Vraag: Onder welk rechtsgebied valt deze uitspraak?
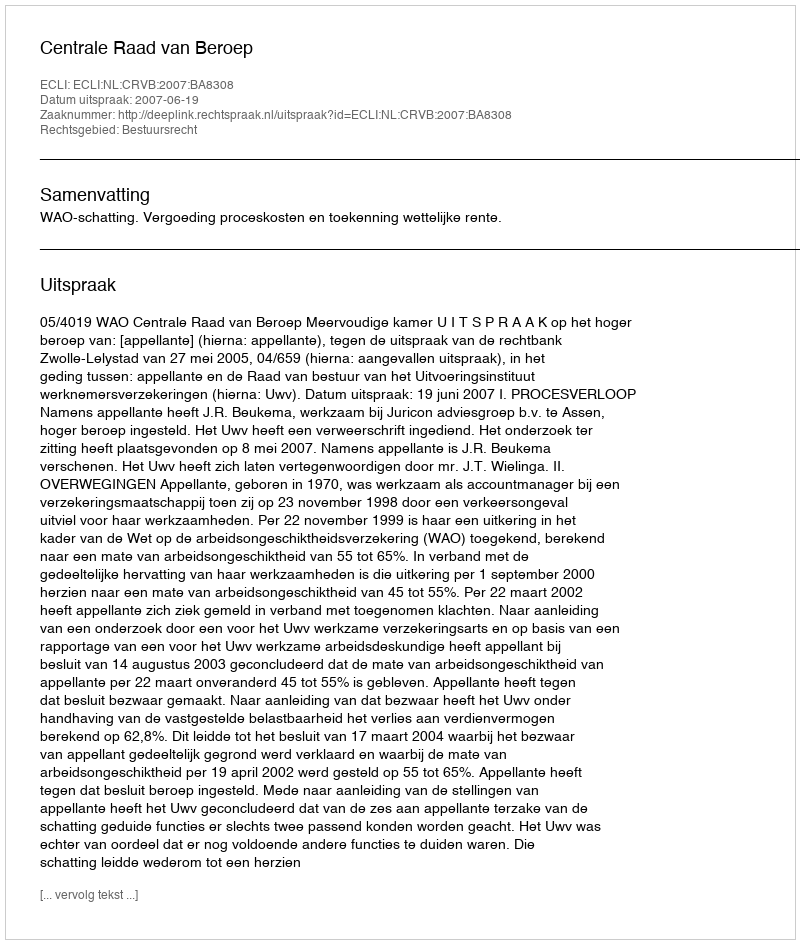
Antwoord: Bestuursrecht